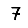
Digit: 7